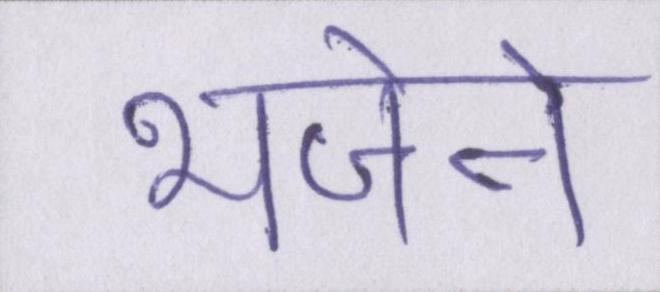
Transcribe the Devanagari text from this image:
भेजने